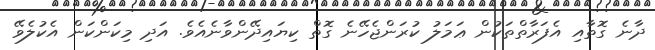
ދާނެ ގޮތާއި އެފަރާތްތަކުން ޢަމަލު ކުރަންޖެހޭނެ ގޮތް ކިޔައިދޭންވާނެއެވެ. އަދި މިކަންކަން އެކުލެވޭ